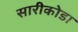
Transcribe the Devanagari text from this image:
सारीकोडा